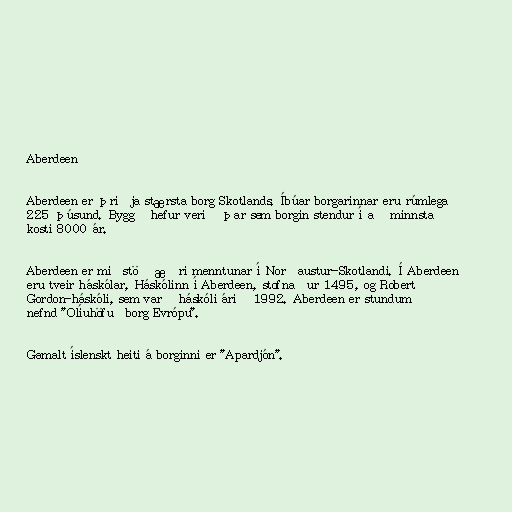
Aberdeen

Aberdeen er þriðja stærsta borg Skotlands. Íbúar borgarinnar eru rúmlega
225 þúsund. Byggð hefur verið þar sem borgin stendur í að minnsta
kosti 8000 ár.

Aberdeen er miðstöð æðri menntunar í Norðaustur-Skotlandi. Í Aberdeen
eru tveir háskólar, Háskólinn í Aberdeen, stofnaður 1495, og Robert
Gordon-háskóli, sem varð háskóli árið 1992. Aberdeen er stundum
nefnd "Olíuhöfuðborg Evrópu".

Gamalt íslenskt heiti á borginni er "Apardjón".